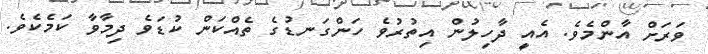
ވަރަށް އާންމެވެ. އެއީ ދާހިލުން އިތުރުވެ ހަންގަނޑުގެ ތެއްކަން ކުޑަވެ ދިމާވާ ކަމެކެވެ.